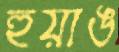
হুয়াঙ